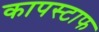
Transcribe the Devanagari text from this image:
कापस्टाफ